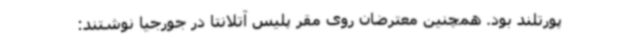
پورتلند بود. همچنین معترضان روی مقر پلیس آتلانتا در جورجیا نوشتند: